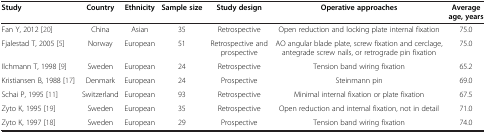
<table><thead><tr><td><b>Study</b></td><td><b>Country</b></td><td><b>Ethnicity</b></td><td><b>Sample size</b></td><td><b>Study design</b></td><td><b>Operative approaches</b></td><td><b>Average age, years</b></td></tr></thead><tbody><tr><td>Fan Y, 2012[20]</td><td>China</td><td>Asian</td><td>35</td><td>Retrospective</td><td>Open reduction and locking plate internal fixation</td><td>75.0</td></tr><tr><td>Fjalestad T, 2005[5]</td><td>Norway</td><td>European</td><td>51</td><td>Retrospective and prospective</td><td>AO angular blade plate, screw fixation and cerclage, antegrade screw nails, or retrograde pin fixation</td><td>75.0</td></tr><tr><td>Ilchmann T, 1998[9]</td><td>Sweden</td><td>European</td><td>24</td><td>Retrospective</td><td>Tension band wiring fixation</td><td>65.2</td></tr><tr><td>Kristiansen B, 1988[17]</td><td>Denmark</td><td>European</td><td>24</td><td>Prospective</td><td>Steinmann pin</td><td>69.0</td></tr><tr><td>Schai P, 1995[11]</td><td>Switzerland</td><td>European</td><td>93</td><td>Retrospective</td><td>Minimal internal fixation or plate fixation</td><td>67.5</td></tr><tr><td>Zyto K, 1995[19]</td><td>Sweden</td><td>European</td><td>35</td><td>Retrospective</td><td>Open reduction and internal fixation, not in detail</td><td>71.0</td></tr><tr><td>Zyto K, 1997[18]</td><td>Sweden</td><td>European</td><td>29</td><td>Prospective</td><td>Tension band wiring fixation</td><td>74.0</td></tr></tbody></table>